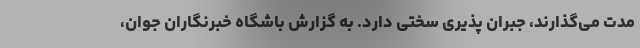
مدت می‌گذارند، جبران پذیری سختی دارد. به گزارش باشگاه خبرنگاران جوان،